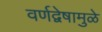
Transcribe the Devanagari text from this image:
वर्णद्वेषामुळे